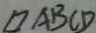
\square A B C D